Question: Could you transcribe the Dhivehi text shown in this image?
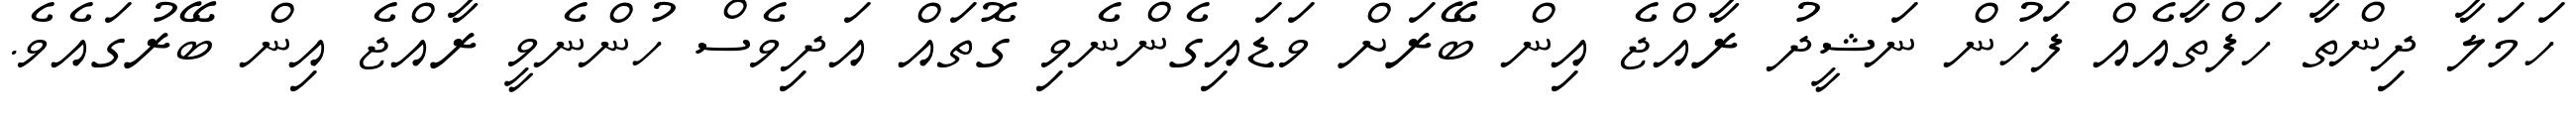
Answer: ހަމަލާ ދިންތާ ހަފްތާއެއް ފަހުން ނަޝީދު ރާއްޖެ އިން ބޭރަށް ވަޑައިގެންނެވި ގޮތައް އަދިވެސް ހުންނެވީ ރާއްޖެ އިން ބޭރުގައެވެ.